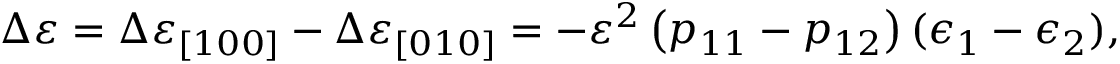
\Delta \varepsilon = \Delta \varepsilon _ { [ 1 0 0 ] } - \Delta \varepsilon _ { [ 0 1 0 ] } = - \varepsilon ^ { 2 } \left( p _ { 1 1 } - p _ { 1 2 } \right) ( \epsilon _ { 1 } - \epsilon _ { 2 } ) ,